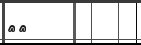
٧٥